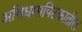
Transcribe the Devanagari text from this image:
अभिधम्मपिटकातील